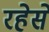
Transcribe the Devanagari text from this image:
रहेसे